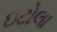
ઇટોલા